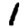
Digit: 1